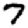
Digit: 7